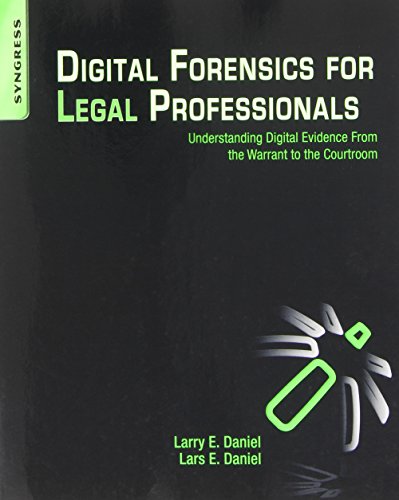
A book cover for Digital Forensics for Legal Professionals: Understanding Digital Evidence From The Warrant To The Courtroom; Larry Daniel; Computers & Technology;